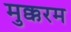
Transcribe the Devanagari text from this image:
मुक्करम